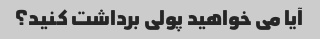
آیا می خواهید پولی برداشت کنید؟